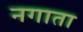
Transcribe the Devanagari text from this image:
नगाता